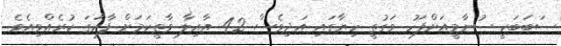
ސަބަބަކީ ސުނާމީއަށްފަހު ވަގުތީ ހިޔާގައި އަދިވެސް 42 އާއިލާ ވާތީކަމަށް ފާހަގަ ކުރެއްވިއެވެ.